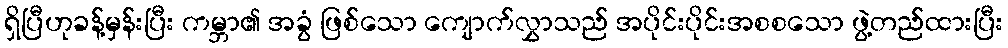
ရှိပြီဟုခန့်မှန်းပြီး ကမ္ဘာ၏ အခွံ ဖြစ်သော ကျောက်လွှာသည် အပိုင်းပိုင်းအစစသော ဖွဲ့တည်ထားပြီး